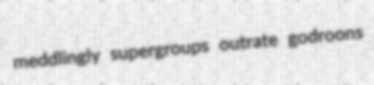
meddlingly supergroups outrate godroons